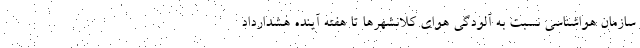
سازمان هواشناسی نسبت به آلودگی هوای کلانشهرها تا هفته آینده هشدارداد